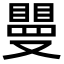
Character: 𥊿